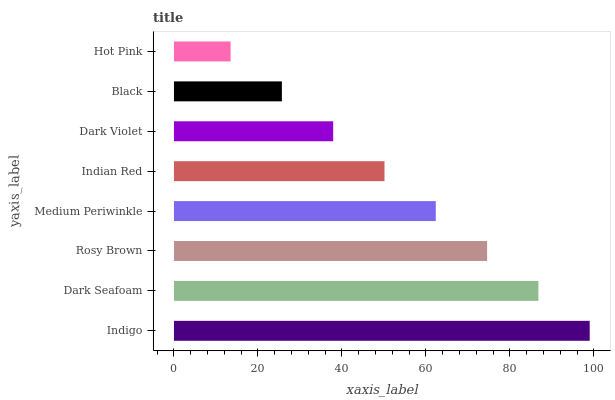
| yaxis_label | bars |
 | --- | --- |
 | Indigo | 99 |
 | Dark Seafoam | 86.8 |
 | Rosy Brown | 74.6 |
 | Medium Periwinkle | 62.3 |
 | Indian Red | 50.1 |
 | Dark Violet | 37.9 |
 | Black | 25.7 |
 | Hot Pink | 13.5 |